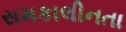
સમકાલીનતા